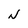
Character: N